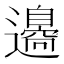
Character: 𨘢